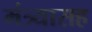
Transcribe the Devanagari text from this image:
मंत्र्यासह